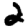
Digit: 2